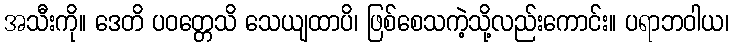
အသီးကို။ ဒေတိ ပဝတ္တေသိ သေယျထာပိ၊ ဖြစ်စေသကဲ့သို့လည်းကောင်း။ ပရာဘဝါယ၊